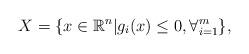
LaTeX: \begin{align*}X =\{x\in \mathbb{R}^n|g_i(x)\leq 0,\forall^m_{i=1}\}, \end{align*}